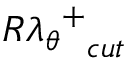
{ { R \lambda _ { \theta } } ^ { + } } _ { c u t }